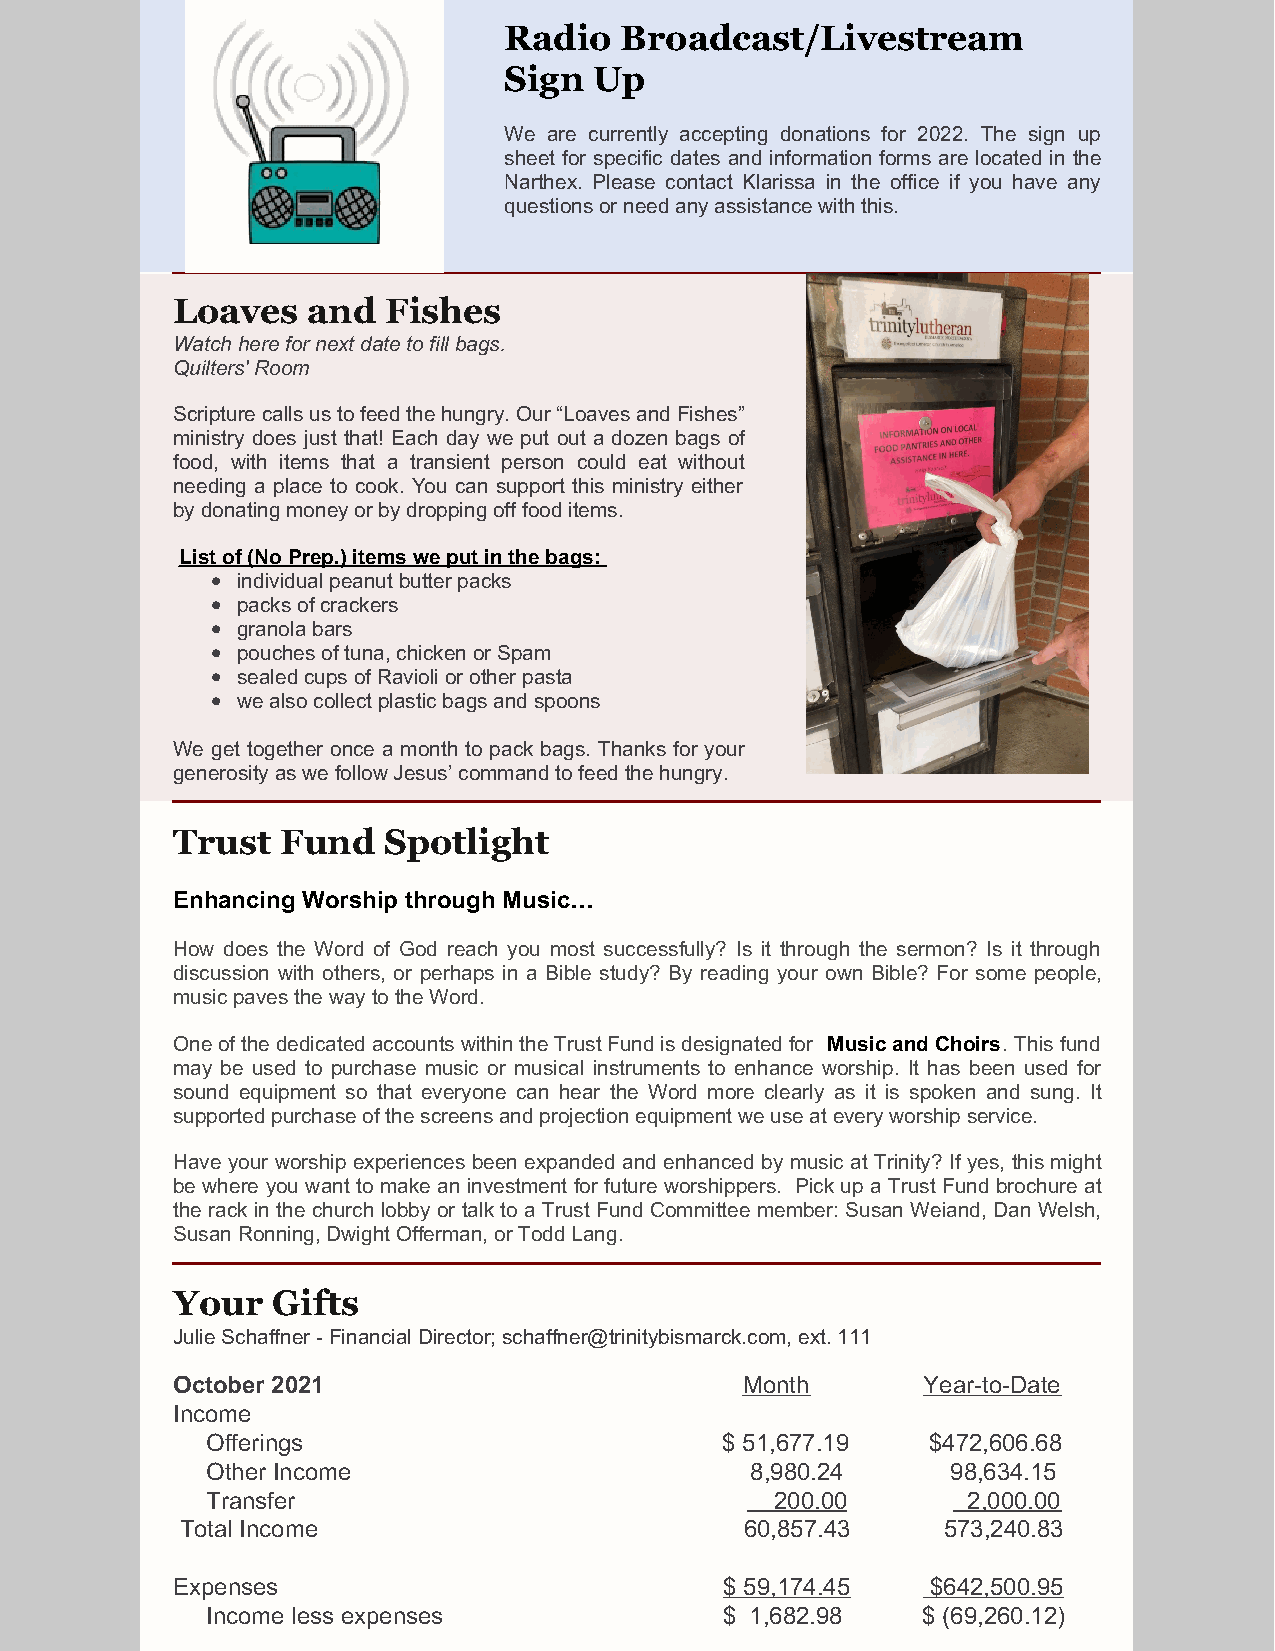
Radio   Broadcast/Livestream
 Sign  Up
 We are currently accepting donations for 2022. The sign up
 sheet for specific dates and information forms are located in the
 Narthex. Please contact Klarissa in the office if you have any
 questions or need any assistance with this.
 Loaves   and  Fishes
 Watch here for next date to fill bags.
 Quilters' Room
 Scripture calls us to feed the hungry. Our “Loaves and Fishes”
 ministry does just that! Each day we put out a dozen bags of
 food, with items that a transient person could eat without
 needing a place to cook. You can support this ministry either
 by donating money or by dropping off food items.
 List of (No Prep.) items we put in the bags:
 individual peanut butter packs
 packs of crackers
 granola bars
 pouches of tuna, chicken or Spam
 sealed cups of Ravioli or other pasta
 we also collect plastic bags and spoons
 We get together once a month to pack bags. Thanks for your
 generosity as we follow Jesus’ command to feed the hungry.
 Trust   Fund  Spotlight
 Enhancing Worship through Music…
 How does the Word of God reach you most successfully? Is it through the sermon? Is it through
 discussion with others, or perhaps in a Bible study? By reading your own Bible? For some people,
 music paves the way to the Word.
 One of the dedicated accounts within the Trust Fund is designated for Music and Choirs. This fund
 may be used to purchase music or musical instruments to enhance worship. It has been used for
 sound equipment so that everyone can hear the Word more clearly as it is spoken and sung. It
 supported purchase of the screens and projection equipment we use at every worship service.
 Have your worship experiences been expanded and enhanced by music at Trinity? If yes, this might
 be where you want to make an investment for future worshippers. Pick up a Trust Fund brochure at
 the rack in the church lobby or talk to a Trust Fund Committee member: Susan Weiand, Dan Welsh,
 Susan Ronning, Dwight Offerman, or Todd Lang.
 Your   Gifts
 Julie Schaffner - Financial Director; schaffner@trinitybismarck.com, ext. 111
 October 2021                          Month       Year-to-Date
 Income
 Offerings                         $ 51,677.19  $472,606.68
 Other Income                        8,980.24     98,634.15
 Transfer                             200.00       2,000.00
 Total Income                         60,857.43    573,240.83
 Expenses                             $ 59,174.45   $642,500.95
 Income less expenses              $ 1,682.98   $ (69,260.12)